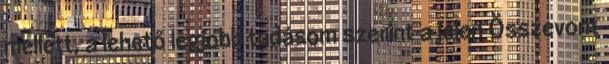
mellett, a lehető legjobb tudásom szerint a jelen Összevont